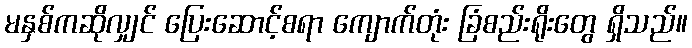
မနှစ်ကဆိုလျှင် ပြေးဆောင့်စရာ ကျောက်တုံး ခြံစည်းရိုးတွေ ရှိသည်။